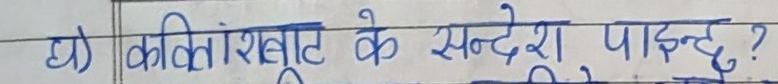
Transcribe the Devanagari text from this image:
घ) कवितांशाबाट के सन्देश पाइन्छ?